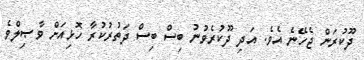
ދޫކުރަން ޖެހޭނެ އެވެ. އަދި ދޫކުރެވުނު ބިސް ބިސް ދަތުރުކުރާ ހޮޅިއަށް ވާޞިލްވެ